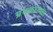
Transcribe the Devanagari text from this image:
भ्रमकांच्या